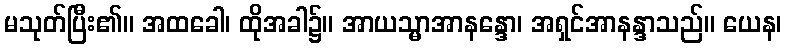
မသုတ်ပြီး၏။ အထခေါ၊ ထိုအခါ၌။ အာယသ္မာအာနန္ဒော၊ အရှင်အာနန္ဒာသည်။ ယေန၊